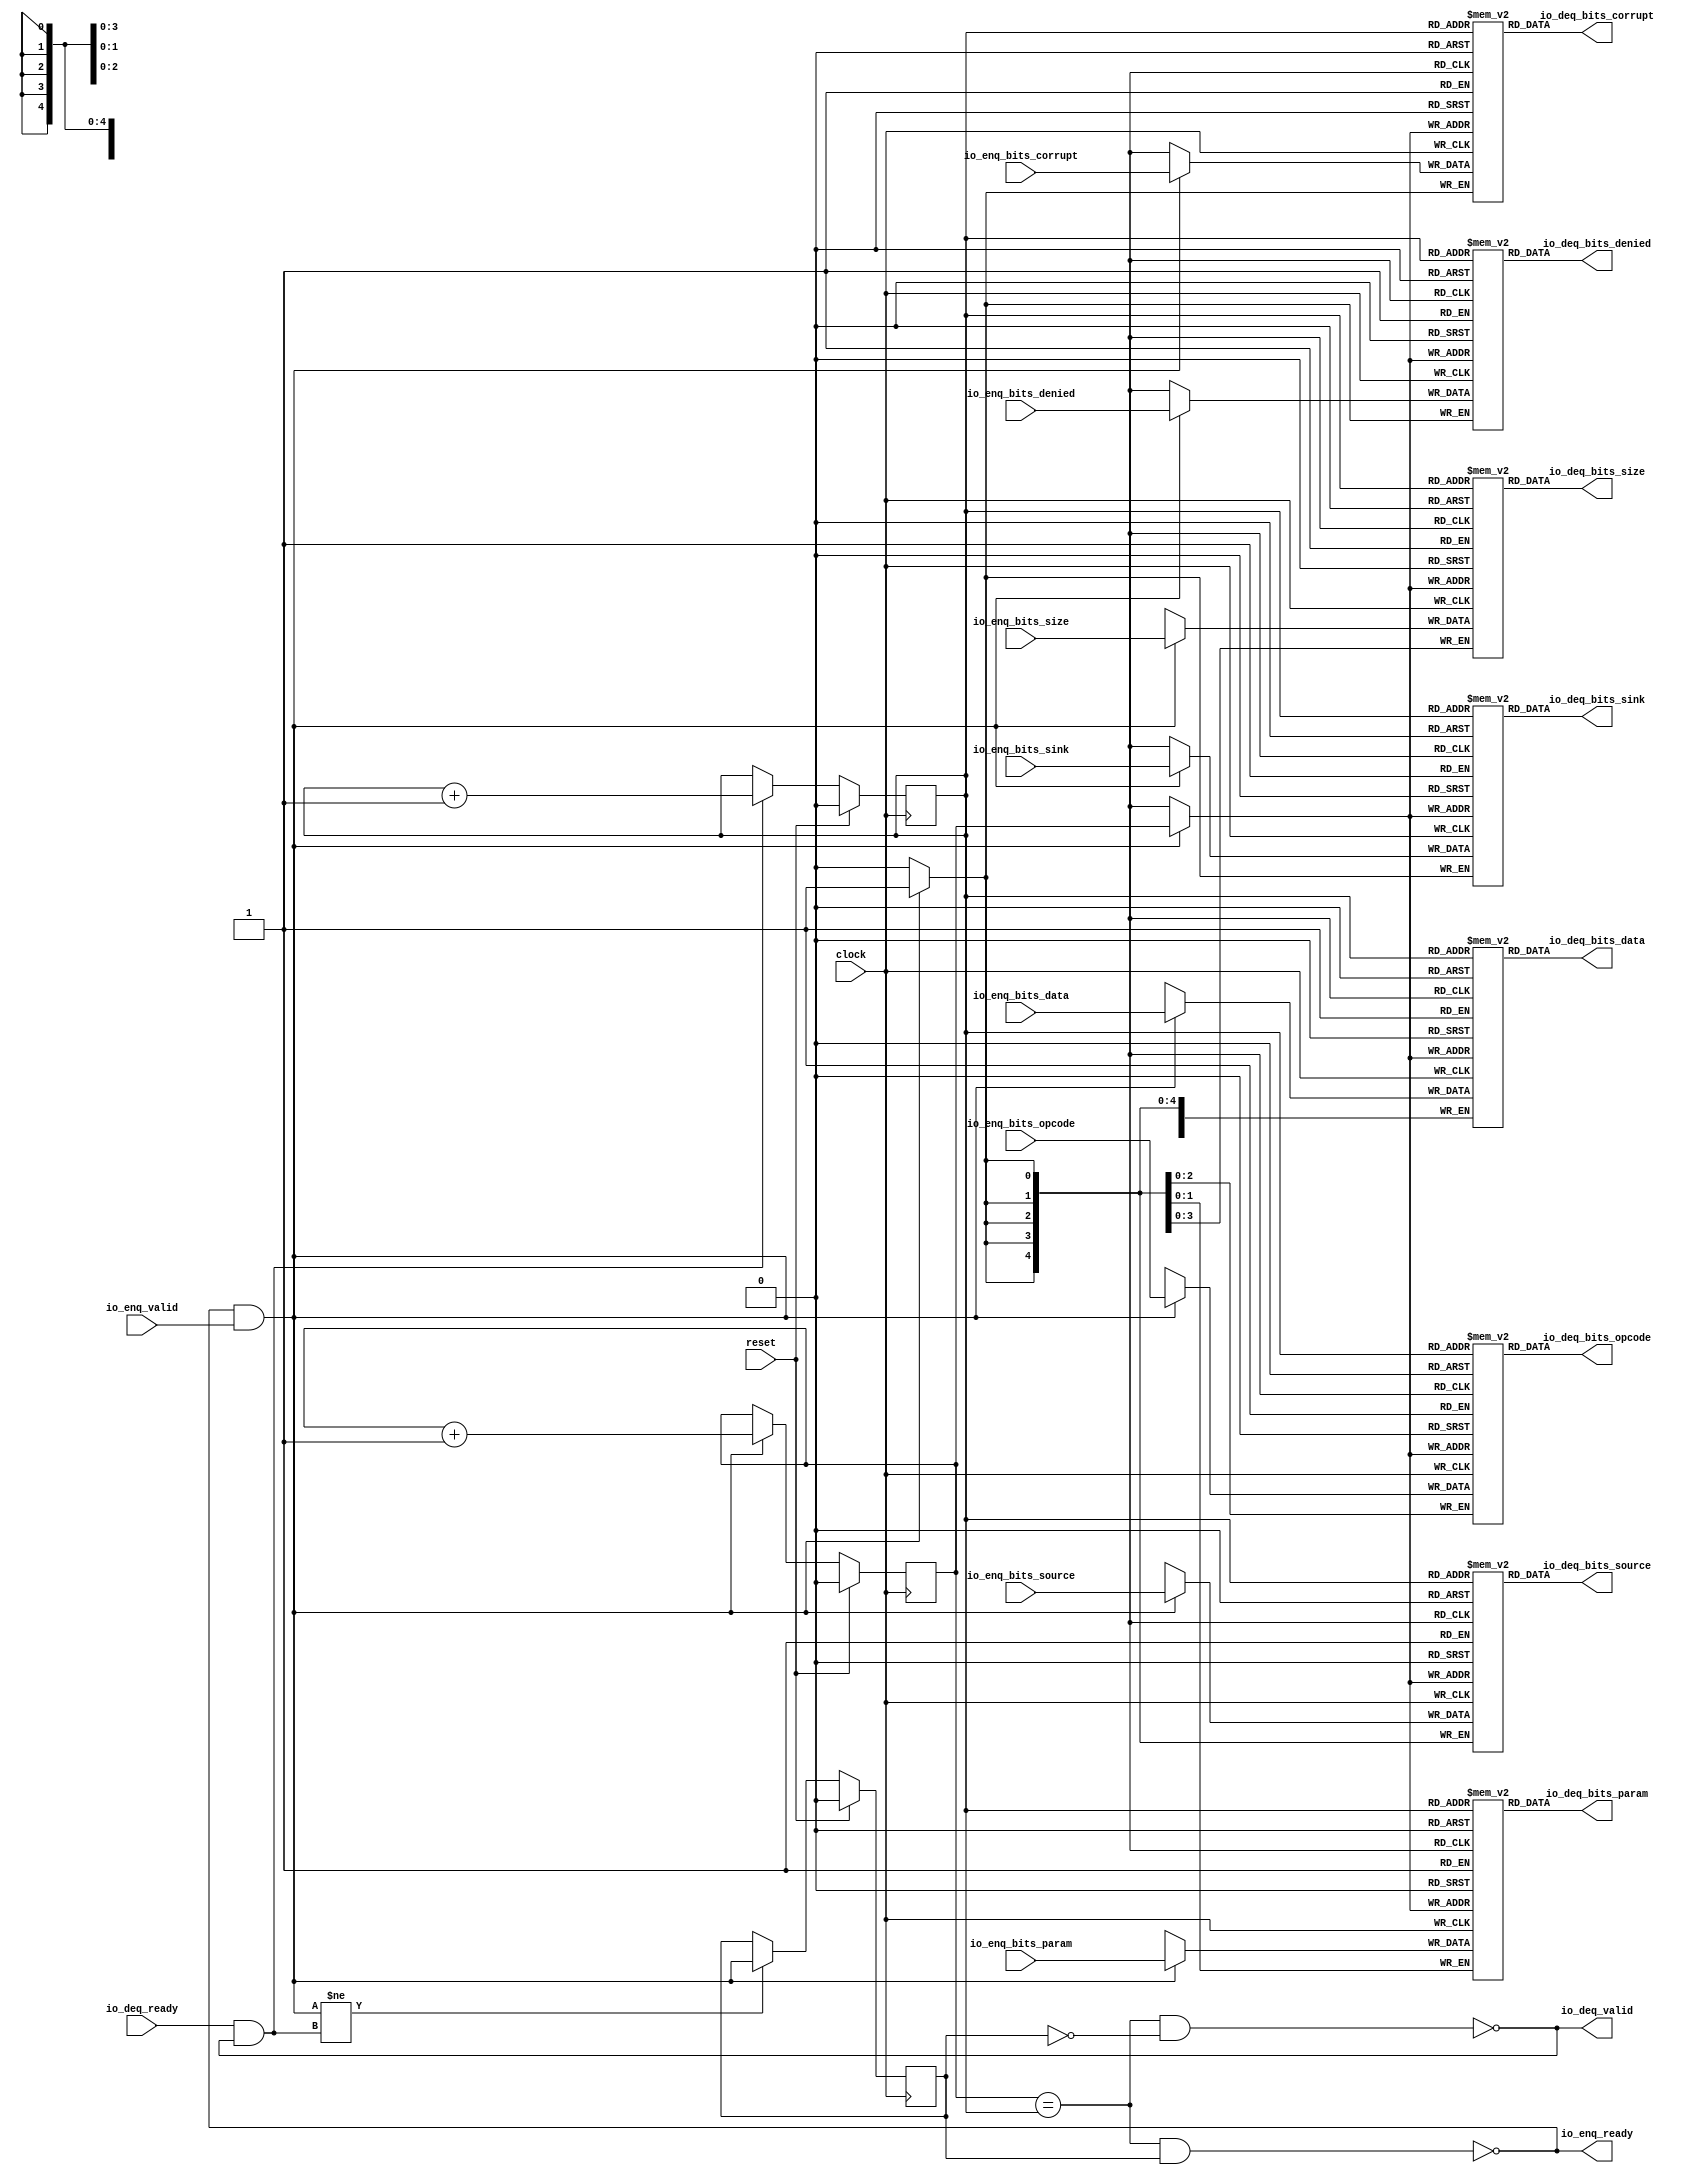
module Queue_22( // @[:freechips.rocketchip.system.DefaultRV32Config.fir@51582.2]
  input         clock, // @[:freechips.rocketchip.system.DefaultRV32Config.fir@51583.4]
  input         reset, // @[:freechips.rocketchip.system.DefaultRV32Config.fir@51584.4]
  output        io_enq_ready, // @[:freechips.rocketchip.system.DefaultRV32Config.fir@51585.4]
  input         io_enq_valid, // @[:freechips.rocketchip.system.DefaultRV32Config.fir@51585.4]
  input  [2:0]  io_enq_bits_opcode, // @[:freechips.rocketchip.system.DefaultRV32Config.fir@51585.4]
  input  [1:0]  io_enq_bits_param, // @[:freechips.rocketchip.system.DefaultRV32Config.fir@51585.4]
  input  [3:0]  io_enq_bits_size, // @[:freechips.rocketchip.system.DefaultRV32Config.fir@51585.4]
  input  [4:0]  io_enq_bits_source, // @[:freechips.rocketchip.system.DefaultRV32Config.fir@51585.4]
  input         io_enq_bits_sink, // @[:freechips.rocketchip.system.DefaultRV32Config.fir@51585.4]
  input         io_enq_bits_denied, // @[:freechips.rocketchip.system.DefaultRV32Config.fir@51585.4]
  input  [31:0] io_enq_bits_data, // @[:freechips.rocketchip.system.DefaultRV32Config.fir@51585.4]
  input         io_enq_bits_corrupt, // @[:freechips.rocketchip.system.DefaultRV32Config.fir@51585.4]
  input         io_deq_ready, // @[:freechips.rocketchip.system.DefaultRV32Config.fir@51585.4]
  output        io_deq_valid, // @[:freechips.rocketchip.system.DefaultRV32Config.fir@51585.4]
  output [2:0]  io_deq_bits_opcode, // @[:freechips.rocketchip.system.DefaultRV32Config.fir@51585.4]
  output [1:0]  io_deq_bits_param, // @[:freechips.rocketchip.system.DefaultRV32Config.fir@51585.4]
  output [3:0]  io_deq_bits_size, // @[:freechips.rocketchip.system.DefaultRV32Config.fir@51585.4]
  output [4:0]  io_deq_bits_source, // @[:freechips.rocketchip.system.DefaultRV32Config.fir@51585.4]
  output        io_deq_bits_sink, // @[:freechips.rocketchip.system.DefaultRV32Config.fir@51585.4]
  output        io_deq_bits_denied, // @[:freechips.rocketchip.system.DefaultRV32Config.fir@51585.4]
  output [31:0] io_deq_bits_data, // @[:freechips.rocketchip.system.DefaultRV32Config.fir@51585.4]
  output        io_deq_bits_corrupt // @[:freechips.rocketchip.system.DefaultRV32Config.fir@51585.4]
);
`ifdef RANDOMIZE_MEM_INIT
  reg [31:0] _RAND_0;
  reg [31:0] _RAND_1;
  reg [31:0] _RAND_2;
  reg [31:0] _RAND_3;
  reg [31:0] _RAND_4;
  reg [31:0] _RAND_5;
  reg [31:0] _RAND_6;
  reg [31:0] _RAND_7;
`endif // RANDOMIZE_MEM_INIT
`ifdef RANDOMIZE_REG_INIT
  reg [31:0] _RAND_8;
  reg [31:0] _RAND_9;
  reg [31:0] _RAND_10;
`endif // RANDOMIZE_REG_INIT
  reg [2:0] ram_opcode [0:1]; // @[Decoupled.scala 209:16:freechips.rocketchip.system.DefaultRV32Config.fir@51587.4]
  wire [2:0] ram_opcode__T_15_data; // @[Decoupled.scala 209:16:freechips.rocketchip.system.DefaultRV32Config.fir@51587.4]
  wire  ram_opcode__T_15_addr; // @[Decoupled.scala 209:16:freechips.rocketchip.system.DefaultRV32Config.fir@51587.4]
  wire [2:0] ram_opcode__T_5_data; // @[Decoupled.scala 209:16:freechips.rocketchip.system.DefaultRV32Config.fir@51587.4]
  wire  ram_opcode__T_5_addr; // @[Decoupled.scala 209:16:freechips.rocketchip.system.DefaultRV32Config.fir@51587.4]
  wire  ram_opcode__T_5_mask; // @[Decoupled.scala 209:16:freechips.rocketchip.system.DefaultRV32Config.fir@51587.4]
  wire  ram_opcode__T_5_en; // @[Decoupled.scala 209:16:freechips.rocketchip.system.DefaultRV32Config.fir@51587.4]
  reg [1:0] ram_param [0:1]; // @[Decoupled.scala 209:16:freechips.rocketchip.system.DefaultRV32Config.fir@51587.4]
  wire [1:0] ram_param__T_15_data; // @[Decoupled.scala 209:16:freechips.rocketchip.system.DefaultRV32Config.fir@51587.4]
  wire  ram_param__T_15_addr; // @[Decoupled.scala 209:16:freechips.rocketchip.system.DefaultRV32Config.fir@51587.4]
  wire [1:0] ram_param__T_5_data; // @[Decoupled.scala 209:16:freechips.rocketchip.system.DefaultRV32Config.fir@51587.4]
  wire  ram_param__T_5_addr; // @[Decoupled.scala 209:16:freechips.rocketchip.system.DefaultRV32Config.fir@51587.4]
  wire  ram_param__T_5_mask; // @[Decoupled.scala 209:16:freechips.rocketchip.system.DefaultRV32Config.fir@51587.4]
  wire  ram_param__T_5_en; // @[Decoupled.scala 209:16:freechips.rocketchip.system.DefaultRV32Config.fir@51587.4]
  reg [3:0] ram_size [0:1]; // @[Decoupled.scala 209:16:freechips.rocketchip.system.DefaultRV32Config.fir@51587.4]
  wire [3:0] ram_size__T_15_data; // @[Decoupled.scala 209:16:freechips.rocketchip.system.DefaultRV32Config.fir@51587.4]
  wire  ram_size__T_15_addr; // @[Decoupled.scala 209:16:freechips.rocketchip.system.DefaultRV32Config.fir@51587.4]
  wire [3:0] ram_size__T_5_data; // @[Decoupled.scala 209:16:freechips.rocketchip.system.DefaultRV32Config.fir@51587.4]
  wire  ram_size__T_5_addr; // @[Decoupled.scala 209:16:freechips.rocketchip.system.DefaultRV32Config.fir@51587.4]
  wire  ram_size__T_5_mask; // @[Decoupled.scala 209:16:freechips.rocketchip.system.DefaultRV32Config.fir@51587.4]
  wire  ram_size__T_5_en; // @[Decoupled.scala 209:16:freechips.rocketchip.system.DefaultRV32Config.fir@51587.4]
  reg [4:0] ram_source [0:1]; // @[Decoupled.scala 209:16:freechips.rocketchip.system.DefaultRV32Config.fir@51587.4]
  wire [4:0] ram_source__T_15_data; // @[Decoupled.scala 209:16:freechips.rocketchip.system.DefaultRV32Config.fir@51587.4]
  wire  ram_source__T_15_addr; // @[Decoupled.scala 209:16:freechips.rocketchip.system.DefaultRV32Config.fir@51587.4]
  wire [4:0] ram_source__T_5_data; // @[Decoupled.scala 209:16:freechips.rocketchip.system.DefaultRV32Config.fir@51587.4]
  wire  ram_source__T_5_addr; // @[Decoupled.scala 209:16:freechips.rocketchip.system.DefaultRV32Config.fir@51587.4]
  wire  ram_source__T_5_mask; // @[Decoupled.scala 209:16:freechips.rocketchip.system.DefaultRV32Config.fir@51587.4]
  wire  ram_source__T_5_en; // @[Decoupled.scala 209:16:freechips.rocketchip.system.DefaultRV32Config.fir@51587.4]
  reg  ram_sink [0:1]; // @[Decoupled.scala 209:16:freechips.rocketchip.system.DefaultRV32Config.fir@51587.4]
  wire  ram_sink__T_15_data; // @[Decoupled.scala 209:16:freechips.rocketchip.system.DefaultRV32Config.fir@51587.4]
  wire  ram_sink__T_15_addr; // @[Decoupled.scala 209:16:freechips.rocketchip.system.DefaultRV32Config.fir@51587.4]
  wire  ram_sink__T_5_data; // @[Decoupled.scala 209:16:freechips.rocketchip.system.DefaultRV32Config.fir@51587.4]
  wire  ram_sink__T_5_addr; // @[Decoupled.scala 209:16:freechips.rocketchip.system.DefaultRV32Config.fir@51587.4]
  wire  ram_sink__T_5_mask; // @[Decoupled.scala 209:16:freechips.rocketchip.system.DefaultRV32Config.fir@51587.4]
  wire  ram_sink__T_5_en; // @[Decoupled.scala 209:16:freechips.rocketchip.system.DefaultRV32Config.fir@51587.4]
  reg  ram_denied [0:1]; // @[Decoupled.scala 209:16:freechips.rocketchip.system.DefaultRV32Config.fir@51587.4]
  wire  ram_denied__T_15_data; // @[Decoupled.scala 209:16:freechips.rocketchip.system.DefaultRV32Config.fir@51587.4]
  wire  ram_denied__T_15_addr; // @[Decoupled.scala 209:16:freechips.rocketchip.system.DefaultRV32Config.fir@51587.4]
  wire  ram_denied__T_5_data; // @[Decoupled.scala 209:16:freechips.rocketchip.system.DefaultRV32Config.fir@51587.4]
  wire  ram_denied__T_5_addr; // @[Decoupled.scala 209:16:freechips.rocketchip.system.DefaultRV32Config.fir@51587.4]
  wire  ram_denied__T_5_mask; // @[Decoupled.scala 209:16:freechips.rocketchip.system.DefaultRV32Config.fir@51587.4]
  wire  ram_denied__T_5_en; // @[Decoupled.scala 209:16:freechips.rocketchip.system.DefaultRV32Config.fir@51587.4]
  reg [31:0] ram_data [0:1]; // @[Decoupled.scala 209:16:freechips.rocketchip.system.DefaultRV32Config.fir@51587.4]
  wire [31:0] ram_data__T_15_data; // @[Decoupled.scala 209:16:freechips.rocketchip.system.DefaultRV32Config.fir@51587.4]
  wire  ram_data__T_15_addr; // @[Decoupled.scala 209:16:freechips.rocketchip.system.DefaultRV32Config.fir@51587.4]
  wire [31:0] ram_data__T_5_data; // @[Decoupled.scala 209:16:freechips.rocketchip.system.DefaultRV32Config.fir@51587.4]
  wire  ram_data__T_5_addr; // @[Decoupled.scala 209:16:freechips.rocketchip.system.DefaultRV32Config.fir@51587.4]
  wire  ram_data__T_5_mask; // @[Decoupled.scala 209:16:freechips.rocketchip.system.DefaultRV32Config.fir@51587.4]
  wire  ram_data__T_5_en; // @[Decoupled.scala 209:16:freechips.rocketchip.system.DefaultRV32Config.fir@51587.4]
  reg  ram_corrupt [0:1]; // @[Decoupled.scala 209:16:freechips.rocketchip.system.DefaultRV32Config.fir@51587.4]
  wire  ram_corrupt__T_15_data; // @[Decoupled.scala 209:16:freechips.rocketchip.system.DefaultRV32Config.fir@51587.4]
  wire  ram_corrupt__T_15_addr; // @[Decoupled.scala 209:16:freechips.rocketchip.system.DefaultRV32Config.fir@51587.4]
  wire  ram_corrupt__T_5_data; // @[Decoupled.scala 209:16:freechips.rocketchip.system.DefaultRV32Config.fir@51587.4]
  wire  ram_corrupt__T_5_addr; // @[Decoupled.scala 209:16:freechips.rocketchip.system.DefaultRV32Config.fir@51587.4]
  wire  ram_corrupt__T_5_mask; // @[Decoupled.scala 209:16:freechips.rocketchip.system.DefaultRV32Config.fir@51587.4]
  wire  ram_corrupt__T_5_en; // @[Decoupled.scala 209:16:freechips.rocketchip.system.DefaultRV32Config.fir@51587.4]
  reg  _T; // @[Counter.scala 29:33:freechips.rocketchip.system.DefaultRV32Config.fir@51588.4]
  reg  _T_1; // @[Counter.scala 29:33:freechips.rocketchip.system.DefaultRV32Config.fir@51589.4]
  reg  maybe_full; // @[Decoupled.scala 212:27:freechips.rocketchip.system.DefaultRV32Config.fir@51590.4]
  wire  ptr_match; // @[Decoupled.scala 214:33:freechips.rocketchip.system.DefaultRV32Config.fir@51591.4]
  wire  _T_2; // @[Decoupled.scala 215:28:freechips.rocketchip.system.DefaultRV32Config.fir@51592.4]
  wire  empty; // @[Decoupled.scala 215:25:freechips.rocketchip.system.DefaultRV32Config.fir@51593.4]
  wire  full; // @[Decoupled.scala 216:24:freechips.rocketchip.system.DefaultRV32Config.fir@51594.4]
  wire  do_enq; // @[Decoupled.scala 40:37:freechips.rocketchip.system.DefaultRV32Config.fir@51595.4]
  wire  do_deq; // @[Decoupled.scala 40:37:freechips.rocketchip.system.DefaultRV32Config.fir@51598.4]
  wire  _T_8; // @[Counter.scala 39:22:freechips.rocketchip.system.DefaultRV32Config.fir@51613.6]
  wire  _T_11; // @[Counter.scala 39:22:freechips.rocketchip.system.DefaultRV32Config.fir@51619.6]
  wire  _T_12; // @[Decoupled.scala 227:16:freechips.rocketchip.system.DefaultRV32Config.fir@51622.4]
  assign ram_opcode__T_15_addr = _T_1;
  assign ram_opcode__T_15_data = ram_opcode[ram_opcode__T_15_addr]; // @[Decoupled.scala 209:16:freechips.rocketchip.system.DefaultRV32Config.fir@51587.4]
  assign ram_opcode__T_5_data = io_enq_bits_opcode;
  assign ram_opcode__T_5_addr = _T;
  assign ram_opcode__T_5_mask = 1'h1;
  assign ram_opcode__T_5_en = io_enq_ready & io_enq_valid;
  assign ram_param__T_15_addr = _T_1;
  assign ram_param__T_15_data = ram_param[ram_param__T_15_addr]; // @[Decoupled.scala 209:16:freechips.rocketchip.system.DefaultRV32Config.fir@51587.4]
  assign ram_param__T_5_data = io_enq_bits_param;
  assign ram_param__T_5_addr = _T;
  assign ram_param__T_5_mask = 1'h1;
  assign ram_param__T_5_en = io_enq_ready & io_enq_valid;
  assign ram_size__T_15_addr = _T_1;
  assign ram_size__T_15_data = ram_size[ram_size__T_15_addr]; // @[Decoupled.scala 209:16:freechips.rocketchip.system.DefaultRV32Config.fir@51587.4]
  assign ram_size__T_5_data = io_enq_bits_size;
  assign ram_size__T_5_addr = _T;
  assign ram_size__T_5_mask = 1'h1;
  assign ram_size__T_5_en = io_enq_ready & io_enq_valid;
  assign ram_source__T_15_addr = _T_1;
  assign ram_source__T_15_data = ram_source[ram_source__T_15_addr]; // @[Decoupled.scala 209:16:freechips.rocketchip.system.DefaultRV32Config.fir@51587.4]
  assign ram_source__T_5_data = io_enq_bits_source;
  assign ram_source__T_5_addr = _T;
  assign ram_source__T_5_mask = 1'h1;
  assign ram_source__T_5_en = io_enq_ready & io_enq_valid;
  assign ram_sink__T_15_addr = _T_1;
  assign ram_sink__T_15_data = ram_sink[ram_sink__T_15_addr]; // @[Decoupled.scala 209:16:freechips.rocketchip.system.DefaultRV32Config.fir@51587.4]
  assign ram_sink__T_5_data = io_enq_bits_sink;
  assign ram_sink__T_5_addr = _T;
  assign ram_sink__T_5_mask = 1'h1;
  assign ram_sink__T_5_en = io_enq_ready & io_enq_valid;
  assign ram_denied__T_15_addr = _T_1;
  assign ram_denied__T_15_data = ram_denied[ram_denied__T_15_addr]; // @[Decoupled.scala 209:16:freechips.rocketchip.system.DefaultRV32Config.fir@51587.4]
  assign ram_denied__T_5_data = io_enq_bits_denied;
  assign ram_denied__T_5_addr = _T;
  assign ram_denied__T_5_mask = 1'h1;
  assign ram_denied__T_5_en = io_enq_ready & io_enq_valid;
  assign ram_data__T_15_addr = _T_1;
  assign ram_data__T_15_data = ram_data[ram_data__T_15_addr]; // @[Decoupled.scala 209:16:freechips.rocketchip.system.DefaultRV32Config.fir@51587.4]
  assign ram_data__T_5_data = io_enq_bits_data;
  assign ram_data__T_5_addr = _T;
  assign ram_data__T_5_mask = 1'h1;
  assign ram_data__T_5_en = io_enq_ready & io_enq_valid;
  assign ram_corrupt__T_15_addr = _T_1;
  assign ram_corrupt__T_15_data = ram_corrupt[ram_corrupt__T_15_addr]; // @[Decoupled.scala 209:16:freechips.rocketchip.system.DefaultRV32Config.fir@51587.4]
  assign ram_corrupt__T_5_data = io_enq_bits_corrupt;
  assign ram_corrupt__T_5_addr = _T;
  assign ram_corrupt__T_5_mask = 1'h1;
  assign ram_corrupt__T_5_en = io_enq_ready & io_enq_valid;
  assign ptr_match = _T == _T_1; // @[Decoupled.scala 214:33:freechips.rocketchip.system.DefaultRV32Config.fir@51591.4]
  assign _T_2 = ~maybe_full; // @[Decoupled.scala 215:28:freechips.rocketchip.system.DefaultRV32Config.fir@51592.4]
  assign empty = ptr_match & _T_2; // @[Decoupled.scala 215:25:freechips.rocketchip.system.DefaultRV32Config.fir@51593.4]
  assign full = ptr_match & maybe_full; // @[Decoupled.scala 216:24:freechips.rocketchip.system.DefaultRV32Config.fir@51594.4]
  assign do_enq = io_enq_ready & io_enq_valid; // @[Decoupled.scala 40:37:freechips.rocketchip.system.DefaultRV32Config.fir@51595.4]
  assign do_deq = io_deq_ready & io_deq_valid; // @[Decoupled.scala 40:37:freechips.rocketchip.system.DefaultRV32Config.fir@51598.4]
  assign _T_8 = _T + 1'h1; // @[Counter.scala 39:22:freechips.rocketchip.system.DefaultRV32Config.fir@51613.6]
  assign _T_11 = _T_1 + 1'h1; // @[Counter.scala 39:22:freechips.rocketchip.system.DefaultRV32Config.fir@51619.6]
  assign _T_12 = do_enq != do_deq; // @[Decoupled.scala 227:16:freechips.rocketchip.system.DefaultRV32Config.fir@51622.4]
  assign io_enq_ready = ~full; // @[Decoupled.scala 232:16:freechips.rocketchip.system.DefaultRV32Config.fir@51629.4]
  assign io_deq_valid = ~empty; // @[Decoupled.scala 231:16:freechips.rocketchip.system.DefaultRV32Config.fir@51627.4]
  assign io_deq_bits_opcode = ram_opcode__T_15_data; // @[Decoupled.scala 233:15:freechips.rocketchip.system.DefaultRV32Config.fir@51638.4]
  assign io_deq_bits_param = ram_param__T_15_data; // @[Decoupled.scala 233:15:freechips.rocketchip.system.DefaultRV32Config.fir@51637.4]
  assign io_deq_bits_size = ram_size__T_15_data; // @[Decoupled.scala 233:15:freechips.rocketchip.system.DefaultRV32Config.fir@51636.4]
  assign io_deq_bits_source = ram_source__T_15_data; // @[Decoupled.scala 233:15:freechips.rocketchip.system.DefaultRV32Config.fir@51635.4]
  assign io_deq_bits_sink = ram_sink__T_15_data; // @[Decoupled.scala 233:15:freechips.rocketchip.system.DefaultRV32Config.fir@51634.4]
  assign io_deq_bits_denied = ram_denied__T_15_data; // @[Decoupled.scala 233:15:freechips.rocketchip.system.DefaultRV32Config.fir@51633.4]
  assign io_deq_bits_data = ram_data__T_15_data; // @[Decoupled.scala 233:15:freechips.rocketchip.system.DefaultRV32Config.fir@51632.4]
  assign io_deq_bits_corrupt = ram_corrupt__T_15_data; // @[Decoupled.scala 233:15:freechips.rocketchip.system.DefaultRV32Config.fir@51631.4]
`ifdef RANDOMIZE_GARBAGE_ASSIGN
`define RANDOMIZE
`endif
`ifdef RANDOMIZE_INVALID_ASSIGN
`define RANDOMIZE
`endif
`ifdef RANDOMIZE_REG_INIT
`define RANDOMIZE
`endif
`ifdef RANDOMIZE_MEM_INIT
`define RANDOMIZE
`endif
`ifndef RANDOM
`define RANDOM $random
`endif
`ifdef RANDOMIZE_MEM_INIT
  integer initvar;
`endif
`ifndef SYNTHESIS
`ifdef FIRRTL_BEFORE_INITIAL
`FIRRTL_BEFORE_INITIAL
`endif
initial begin
  `ifdef RANDOMIZE
    `ifdef INIT_RANDOM
      `INIT_RANDOM
    `endif
    `ifndef VERILATOR
      `ifdef RANDOMIZE_DELAY
        #`RANDOMIZE_DELAY begin end
      `else
        #0.002 begin end
      `endif
    `endif
`ifdef RANDOMIZE_MEM_INIT
  _RAND_0 = {1{`RANDOM}};
  for (initvar = 0; initvar < 2; initvar = initvar+1)
    ram_opcode[initvar] = _RAND_0[2:0];
  _RAND_1 = {1{`RANDOM}};
  for (initvar = 0; initvar < 2; initvar = initvar+1)
    ram_param[initvar] = _RAND_1[1:0];
  _RAND_2 = {1{`RANDOM}};
  for (initvar = 0; initvar < 2; initvar = initvar+1)
    ram_size[initvar] = _RAND_2[3:0];
  _RAND_3 = {1{`RANDOM}};
  for (initvar = 0; initvar < 2; initvar = initvar+1)
    ram_source[initvar] = _RAND_3[4:0];
  _RAND_4 = {1{`RANDOM}};
  for (initvar = 0; initvar < 2; initvar = initvar+1)
    ram_sink[initvar] = _RAND_4[0:0];
  _RAND_5 = {1{`RANDOM}};
  for (initvar = 0; initvar < 2; initvar = initvar+1)
    ram_denied[initvar] = _RAND_5[0:0];
  _RAND_6 = {1{`RANDOM}};
  for (initvar = 0; initvar < 2; initvar = initvar+1)
    ram_data[initvar] = _RAND_6[31:0];
  _RAND_7 = {1{`RANDOM}};
  for (initvar = 0; initvar < 2; initvar = initvar+1)
    ram_corrupt[initvar] = _RAND_7[0:0];
`endif // RANDOMIZE_MEM_INIT
`ifdef RANDOMIZE_REG_INIT
  _RAND_8 = {1{`RANDOM}};
  _T = _RAND_8[0:0];
  _RAND_9 = {1{`RANDOM}};
  _T_1 = _RAND_9[0:0];
  _RAND_10 = {1{`RANDOM}};
  maybe_full = _RAND_10[0:0];
`endif // RANDOMIZE_REG_INIT
  `endif // RANDOMIZE
end // initial
`ifdef FIRRTL_AFTER_INITIAL
`FIRRTL_AFTER_INITIAL
`endif
`endif // SYNTHESIS
  always @(posedge clock) begin
    if(ram_opcode__T_5_en & ram_opcode__T_5_mask) begin
      ram_opcode[ram_opcode__T_5_addr] <= ram_opcode__T_5_data; // @[Decoupled.scala 209:16:freechips.rocketchip.system.DefaultRV32Config.fir@51587.4]
    end
    if(ram_param__T_5_en & ram_param__T_5_mask) begin
      ram_param[ram_param__T_5_addr] <= ram_param__T_5_data; // @[Decoupled.scala 209:16:freechips.rocketchip.system.DefaultRV32Config.fir@51587.4]
    end
    if(ram_size__T_5_en & ram_size__T_5_mask) begin
      ram_size[ram_size__T_5_addr] <= ram_size__T_5_data; // @[Decoupled.scala 209:16:freechips.rocketchip.system.DefaultRV32Config.fir@51587.4]
    end
    if(ram_source__T_5_en & ram_source__T_5_mask) begin
      ram_source[ram_source__T_5_addr] <= ram_source__T_5_data; // @[Decoupled.scala 209:16:freechips.rocketchip.system.DefaultRV32Config.fir@51587.4]
    end
    if(ram_sink__T_5_en & ram_sink__T_5_mask) begin
      ram_sink[ram_sink__T_5_addr] <= ram_sink__T_5_data; // @[Decoupled.scala 209:16:freechips.rocketchip.system.DefaultRV32Config.fir@51587.4]
    end
    if(ram_denied__T_5_en & ram_denied__T_5_mask) begin
      ram_denied[ram_denied__T_5_addr] <= ram_denied__T_5_data; // @[Decoupled.scala 209:16:freechips.rocketchip.system.DefaultRV32Config.fir@51587.4]
    end
    if(ram_data__T_5_en & ram_data__T_5_mask) begin
      ram_data[ram_data__T_5_addr] <= ram_data__T_5_data; // @[Decoupled.scala 209:16:freechips.rocketchip.system.DefaultRV32Config.fir@51587.4]
    end
    if(ram_corrupt__T_5_en & ram_corrupt__T_5_mask) begin
      ram_corrupt[ram_corrupt__T_5_addr] <= ram_corrupt__T_5_data; // @[Decoupled.scala 209:16:freechips.rocketchip.system.DefaultRV32Config.fir@51587.4]
    end
    if (reset) begin
      _T <= 1'h0;
    end else if (do_enq) begin
      _T <= _T_8;
    end
    if (reset) begin
      _T_1 <= 1'h0;
    end else if (do_deq) begin
      _T_1 <= _T_11;
    end
    if (reset) begin
      maybe_full <= 1'h0;
    end else if (_T_12) begin
      maybe_full <= do_enq;
    end
  end
endmodule